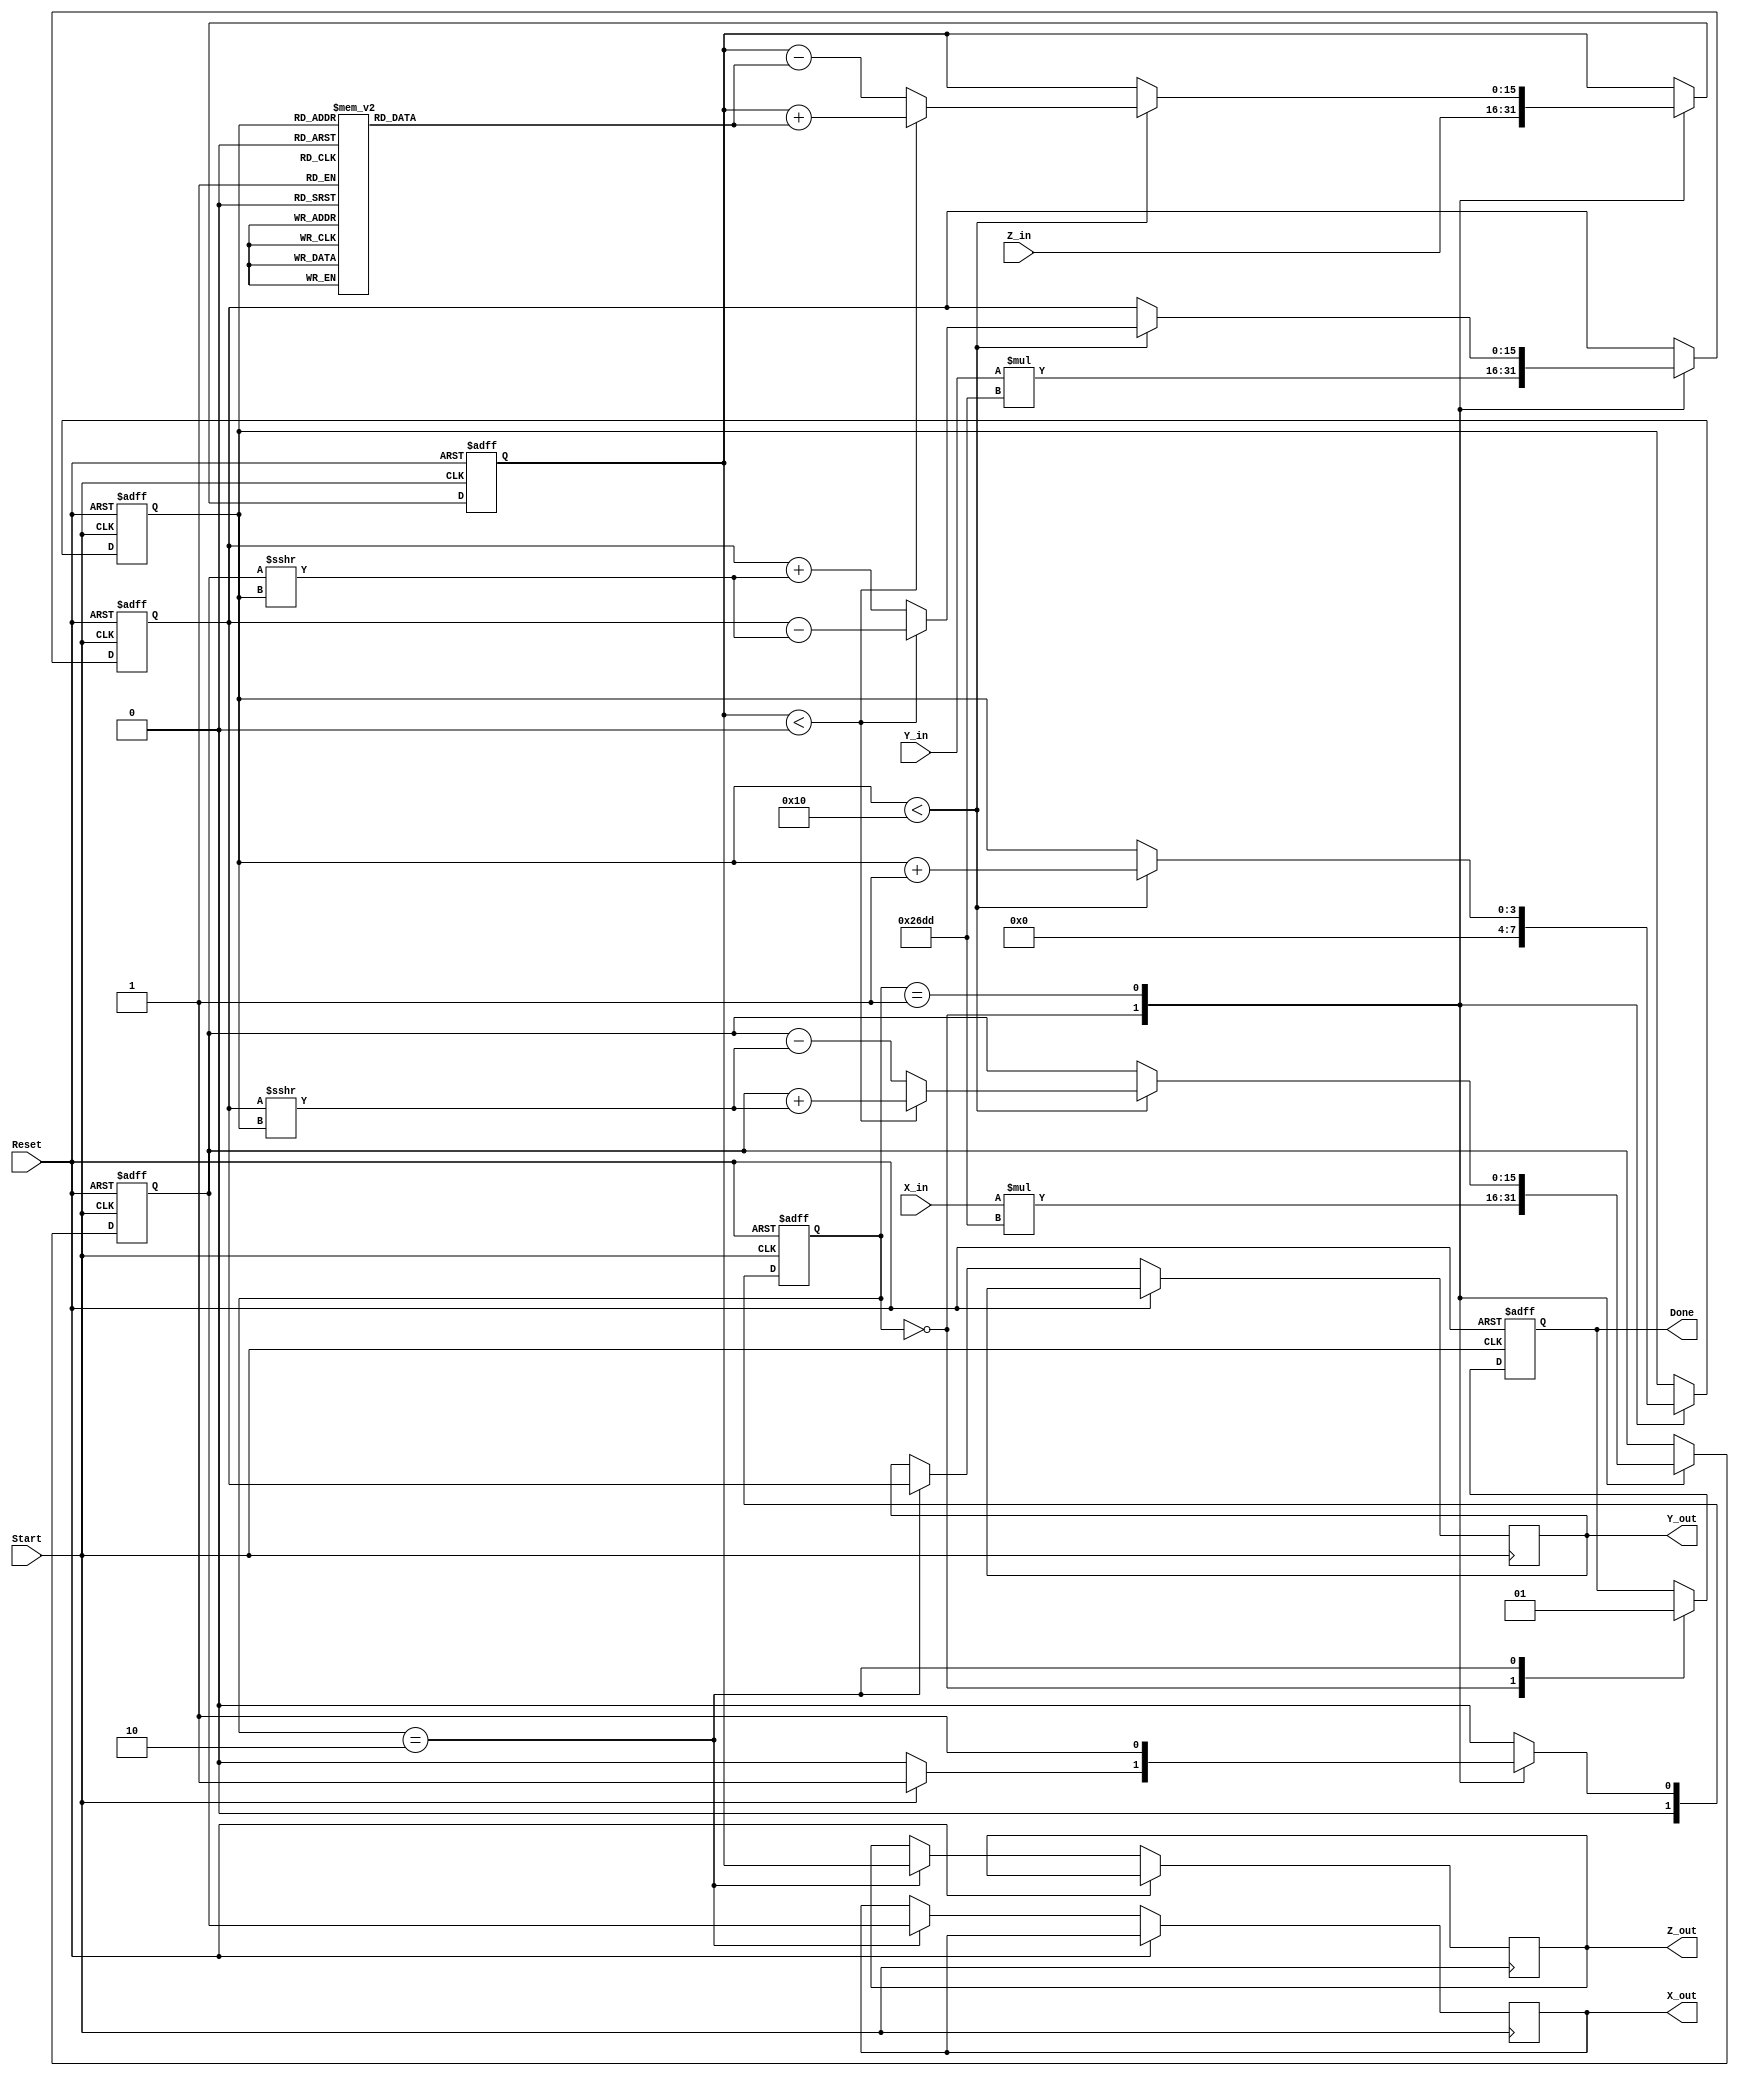
module cordic_2d (
    input wire signed [15:0] X_in,      // Input x-coordinate
    input wire signed [15:0] Y_in,      // Input y-coordinate
    input wire signed [15:0] Z_in,      // Input angle
    input wire Start,                   // Start signal
    input wire Reset,                   // Asynchronous reset
    output reg signed [15:0] X_out,     // Output x-coordinate
    output reg signed [15:0] Y_out,     // Output y-coordinate
    output reg signed [15:0] Z_out,     // Remaining angle
    output reg Done                     // Completion signal
);

    // Parameters
    parameter MAX_ITER = 16;            // Maximum number of iterations
    parameter [15:0] K = 16'h26DD;      // Scaling factor (approx. 0.607)

    // Internal registers
    reg signed [15:0] X_reg;
    reg signed [15:0] Y_reg;
    reg signed [15:0] Z_reg;
    reg [3:0] iteration_count;           // 4 bits for iteration count
    reg [1:0] state;                     // FSM state
    reg [1:0] next_state;

    // FSM states
    localparam IDLE = 2'b00;
    localparam COMPUTE = 2'b01;
    localparam DONE_STATE = 2'b10;

    // CORDIC angle lookup table (atan(2^-i) for i = 0 to MAX_ITER-1)
    reg signed [15:0] atan_table [0:15];
    initial begin
        atan_table[0] = 16'h2000; // atan(1) = 45 degrees in fixed-point
        atan_table[1] = 16'h1400; // atan(0.5) = 26.565 degrees
        atan_table[2] = 16'h0A00; // atan(0.25) = 14.036 degrees
        atan_table[3] = 16'h0500; // atan(0.125) = 7.125 degrees
        // ... Fill in the rest of the atan_table
        atan_table[4] = 16'h0280; // atan(0.0625)
        atan_table[5] = 16'h0140; // atan(0.03125)
        atan_table[6] = 16'h00A0; // atan(0.015625)
        atan_table[7] = 16'h0050; // atan(0.0078125)
        atan_table[8] = 16'h0028; // atan(0.00390625)
        atan_table[9] = 16'h0014; // atan(0.001953125)
        atan_table[10] = 16'h000A; // atan(0.0009765625)
        atan_table[11] = 16'h0005; // atan(0.00048828125)
        atan_table[12] = 16'h0002; // atan(0.000244140625)
        atan_table[13] = 16'h0001; // atan(0.0001220703125)
        atan_table[14] = 16'h0000; // atan(0)
        atan_table[15] = 16'h0000; // atan(0)
    end

    // FSM for control logic
    always @(posedge Start or posedge Reset) begin
        if (Reset) begin
            state <= IDLE;
        end else begin
            state <= next_state;
        end
    end

    always @(*) begin
        case (state)
            IDLE: begin
                if (Start) begin
                    next_state = COMPUTE;
                end else begin
                    next_state = IDLE;
                end
            end
            COMPUTE: begin
                if (iteration_count == MAX_ITER) begin
                    next_state = DONE_STATE;
                end else begin
                    next_state = COMPUTE;
                end
            end
            DONE_STATE: begin
                next_state = IDLE;
            end
            default: next_state = IDLE;
        endcase
    end

    // CORDIC computation
    always @(posedge Start or posedge Reset) begin
        if (Reset) begin
            X_reg <= 0;
            Y_reg <= 0;
            Z_reg <= 0;
            iteration_count <= 0;
            Done <= 0;
        end else begin
            case (state)
                IDLE: begin
                    X_reg <= X_in * K; // Scale input x
                    Y_reg <= Y_in * K; // Scale input y
                    Z_reg <= Z_in;     // Load input angle
                    iteration_count <= 0;
                    Done <= 0;
                end
                COMPUTE: begin
                    if (iteration_count < MAX_ITER) begin
                        if (Z_reg < 0) begin
                            // Counter-clockwise rotation
                            X_reg <= X_reg + (Y_reg >>> iteration_count);
                            Y_reg <= Y_reg - (X_reg >>> iteration_count);
                            Z_reg <= Z_reg + atan_table[iteration_count];
                        end else begin
                            // Clockwise rotation
                            X_reg <= X_reg - (Y_reg >>> iteration_count);
                            Y_reg <= Y_reg + (X_reg >>> iteration_count);
                            Z_reg <= Z_reg - atan_table[iteration_count];
                        end
                        iteration_count <= iteration_count + 1;
                    end
                end
                DONE_STATE: begin
                    X_out <= X_reg;
                    Y_out <= Y_reg;
                    Z_out <= Z_reg;
                    Done <= 1;
                end
            endcase
        end
    end

endmodule